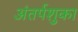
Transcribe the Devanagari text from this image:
अंतर्पशुका